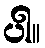
ပါ။